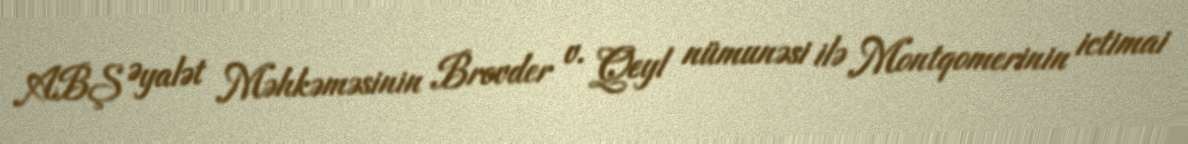
ABŞ Əyalət Məhkəməsinin Brovder v. Qeyl nümunəsi ilə Montqomerinin ictimai